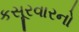
કસૂરવારનો